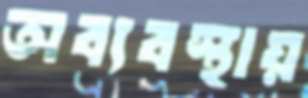
অব্যবস্থায়